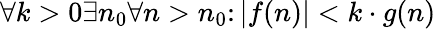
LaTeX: \forall k>0\exists n_{0}\forall n>n_{0}\colon|f(n)|<k\cdot g(n)